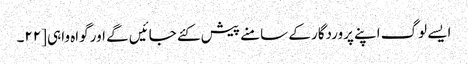
ایسے لوگ اپنے پروردگار کے سامنے پیش کئے جائیں گے اور گواہ واہی [٢٢۔